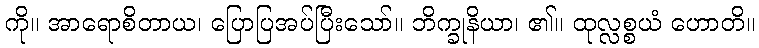
ကို။ အာရောစိတာယ၊ ပြောပြအပ်ပြီးသော်။ ဘိက္ခုနိယာ၊ ၏။ ထုလ္လစ္စယံ ဟောတိ။